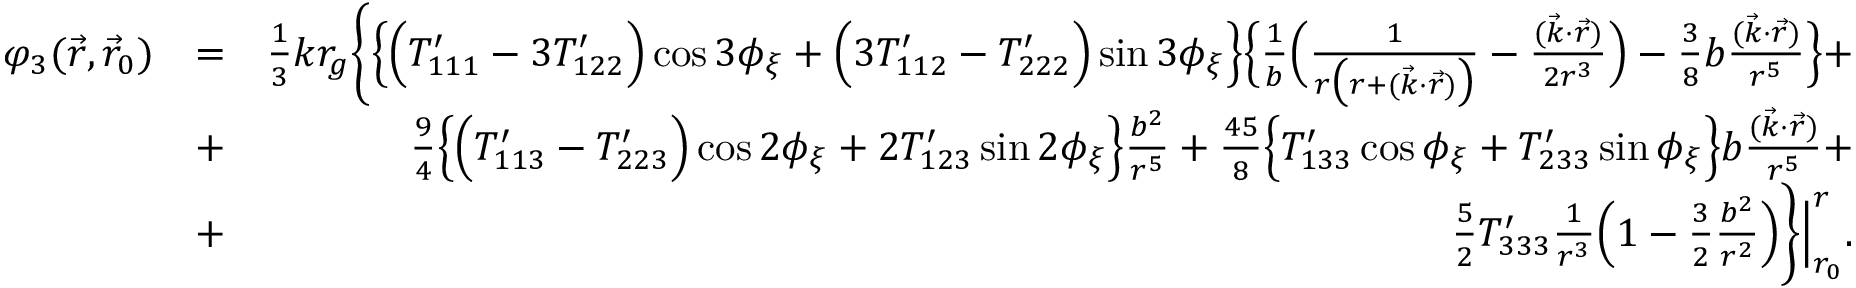
\begin{array} { r l r } { \varphi _ { 3 } ( \vec { r } , \vec { r } _ { 0 } ) } & { = } & { { \textstyle \frac { 1 } { 3 } } k r _ { g } \bigg \{ \Big \{ \Big ( { \cal T } _ { 1 1 1 } ^ { \prime } - 3 { \cal T } _ { 1 2 2 } ^ { \prime } \Big ) \cos 3 \phi _ { \xi } + \Big ( 3 { \cal T } _ { 1 1 2 } ^ { \prime } - { \cal T } _ { 2 2 2 } ^ { \prime } \Big ) \sin 3 \phi _ { \xi } \Big \} \Big \{ \frac { 1 } { b } \Big ( \frac { 1 } { r \big ( r + ( \vec { k } \cdot \vec { r } ) \big ) } - \frac { ( \vec { k } \cdot \vec { r } ) } { 2 r ^ { 3 } } \Big ) - { \textstyle \frac { 3 } { 8 } } b \frac { ( \vec { k } \cdot \vec { r } ) } { r ^ { 5 } } \Big \} + } \\ & { + } & { { \textstyle \frac { 9 } { 4 } } \Big \{ \Big ( { \cal T } _ { 1 1 3 } ^ { \prime } - { \cal T } _ { 2 2 3 } ^ { \prime } \Big ) \cos 2 \phi _ { \xi } + 2 { \cal T } _ { 1 2 3 } ^ { \prime } \sin 2 \phi _ { \xi } \Big \} \frac { b ^ { 2 } } { r ^ { 5 } } + { \textstyle \frac { 4 5 } { 8 } } \Big \{ { \cal T } _ { 1 3 3 } ^ { \prime } \cos \phi _ { \xi } + { \cal T } _ { 2 3 3 } ^ { \prime } \sin \phi _ { \xi } \Big \} b \frac { ( \vec { k } \cdot \vec { r } ) } { r ^ { 5 } } + } \\ & { + } & { { \textstyle \frac { 5 } { 2 } } { \cal T } _ { 3 3 3 } ^ { \prime } \frac { 1 } { r ^ { 3 } } \Big ( 1 - { \textstyle \frac { 3 } { 2 } } \frac { b ^ { 2 } } { r ^ { 2 } } \Big ) \bigg \} \Big | _ { r _ { 0 } } ^ { r } . } \end{array}